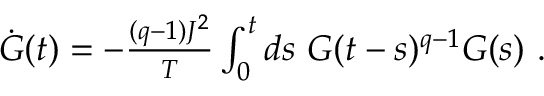
\begin{array} { r } { \dot { G } ( t ) = - \frac { ( q - 1 ) J ^ { 2 } } { T } \int _ { 0 } ^ { t } d s \ G ( t - s ) ^ { q - 1 } G ( s ) ~ . } \end{array}